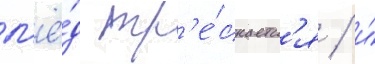
л'ё́д тр'е́скаетс'я / и́